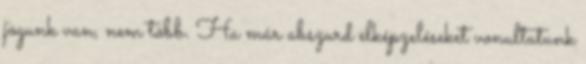
jogunk van, nem több. Ha már abszurd elképzeléseket vonultatunk